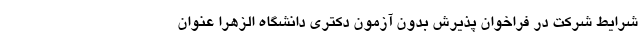
شرایط شرکت در فراخوان پذیرش بدون آزمون دکتری دانشگاه الزهرا عنوان